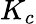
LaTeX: K_{c}